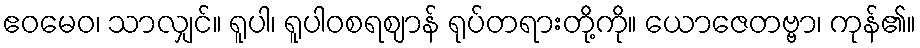
ဧဝမေဝ၊ သာလျှင်။ ရူပါ၊ ရူပါဝစရဈာန် ရုပ်တရားတို့ကို။ ယောဇေတဗ္ဗာ၊ ကုန်၏။